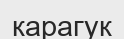
карагук